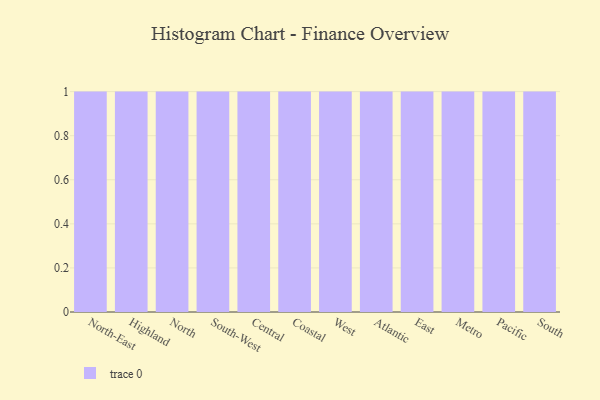
{"axis": {"x": "Region", "y": "Energy Usage (MWh)"}, "legend": [""], "data": [{"x": "North-East", "y": 81, "type": ""}, {"x": "Highland", "y": 89, "type": ""}, {"x": "North", "y": 88, "type": ""}, {"x": "South-West", "y": 70, "type": ""}, {"x": "Central", "y": 56, "type": ""}, {"x": "Coastal", "y": 54, "type": ""}, {"x": "West", "y": 26, "type": ""}, {"x": "Atlantic", "y": 10, "type": ""}, {"x": "East", "y": 70, "type": ""}, {"x": "Metro", "y": 84, "type": ""}, {"x": "Pacific", "y": 21, "type": ""}, {"x": "South", "y": 52, "type": ""}]}